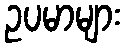
ဥပမာများ